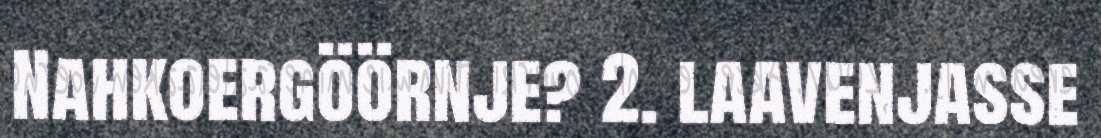
Nahkoergöörnje? 2. laavenjasse